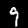
Digit: 9